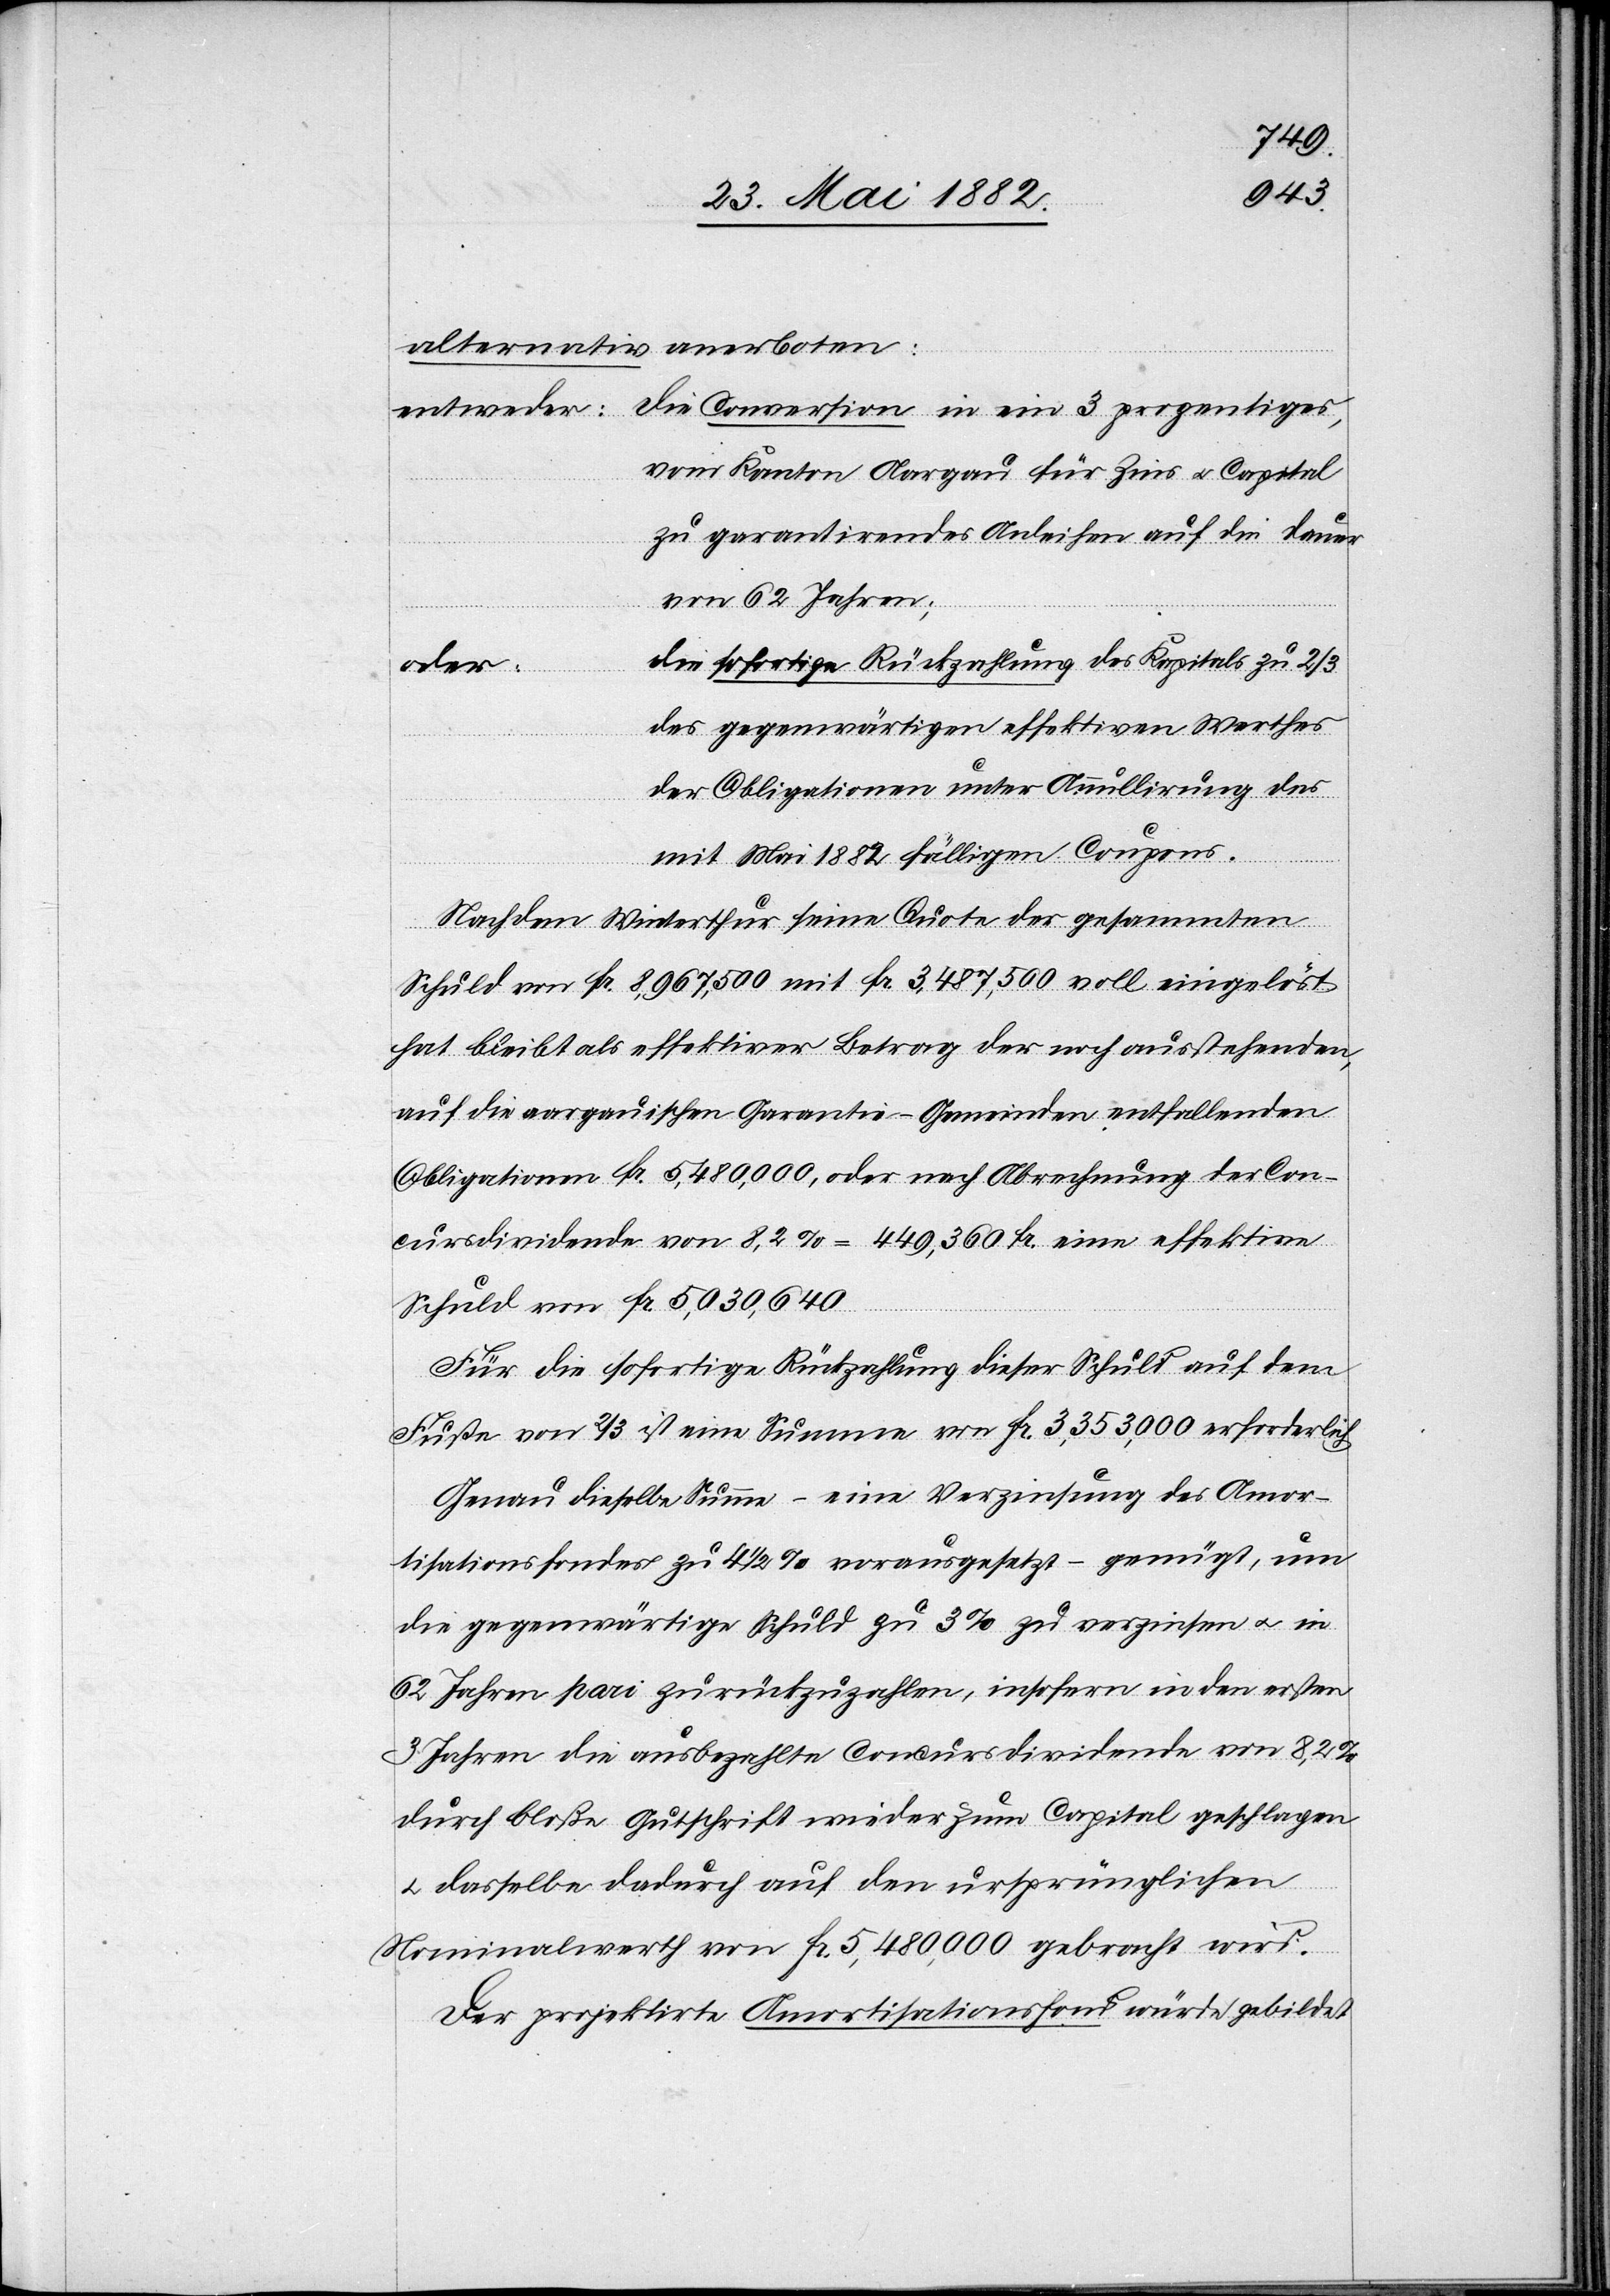
alternativ anerboten:
Die Conversion in ein 3prozentiges,
entweder:
vom Kanton Aargau für Zins u. Capital
zu garantirendes Anleihen auf die Dauer
von 62 Jahren;
die sofortige Rückzahlung des Kaptals zu 2/3
oder:
des gegenwärtigen effektiven Werthes
der Obligationen unter Annullirung des
mit Mai 1882 fälligen Coupons.
Nachdem Winterthur seine Quote der gesammten
Schuld von Fr. 8,967,500 mit Fr. 3,487,500 voll eingelöst
hat bleibt als effektiver Betrag der noch ausstehenden,
auf die aargauischen Garantie-Gemeinden entfallenden
Obligationen Fr. 5,480,000, oder nach Abrechnung der Con¬
cursdividende von 8,2% = 449,360 Fr. eine effektive
Schuld von Fr. 5,030,640.
Für sofortige Rückzahlung dieser Schuld auf dem
Fuße von 2/3 ist eine Summe von Fr. 3,353,000 erforderlich.
Genau dieselbe Summe – eine Verzinsung des Amor¬
tisationsfondes zu 4 1/2% vorausgesetzt – genügt, um
die gegenwärtige Schuld zu 3% zu verzinsen u. in
62 Jahren pari zurückzuzahlen, insofern in den ersten
3 Jahren die ausbezahlte Concursdividende von 8,2%
durch bloße Gutschrift wieder zum Capital geschlagen
u. dasselbe dadurch auf den ursprünglichen
Nominalwerth von Fr. 5,480,000 gebracht wird.
Der projektirte Amortisationsfond würde gebildet